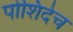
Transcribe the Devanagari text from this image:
पोशिंदेच